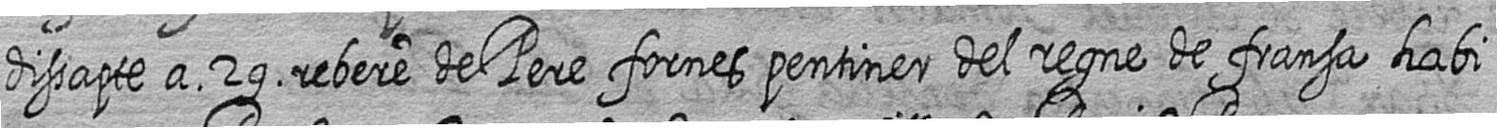
dissapte a 29 rebere de Pere fornes pentiner del regne de fransa habi=